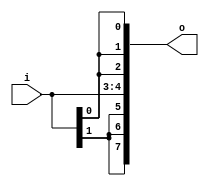
module bsg_expand_bitmask_in_width_p2_expand_p4
(
  i,
  o
);

  input [1:0] i;
  output [7:0] o;
  wire [7:0] o;
  wire o_7_,o_3_;
  assign o_7_ = i[1];
  assign o[4] = o_7_;
  assign o[5] = o_7_;
  assign o[6] = o_7_;
  assign o[7] = o_7_;
  assign o_3_ = i[0];
  assign o[0] = o_3_;
  assign o[1] = o_3_;
  assign o[2] = o_3_;
  assign o[3] = o_3_;

endmodule